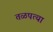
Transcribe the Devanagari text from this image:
तळपत्या